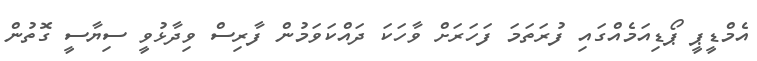
އެމްޑީޕީ ޕޯޑިއަމެއްގައި ފުރަތަމަ ފަހަރަށް ވާހަކަ ދައްކަވަމުން ފާރިސް ވިދާޅުވީ ސިޔާސީ ގޮތުން